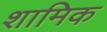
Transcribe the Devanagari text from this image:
शामिक